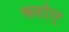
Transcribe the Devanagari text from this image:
च्लोए